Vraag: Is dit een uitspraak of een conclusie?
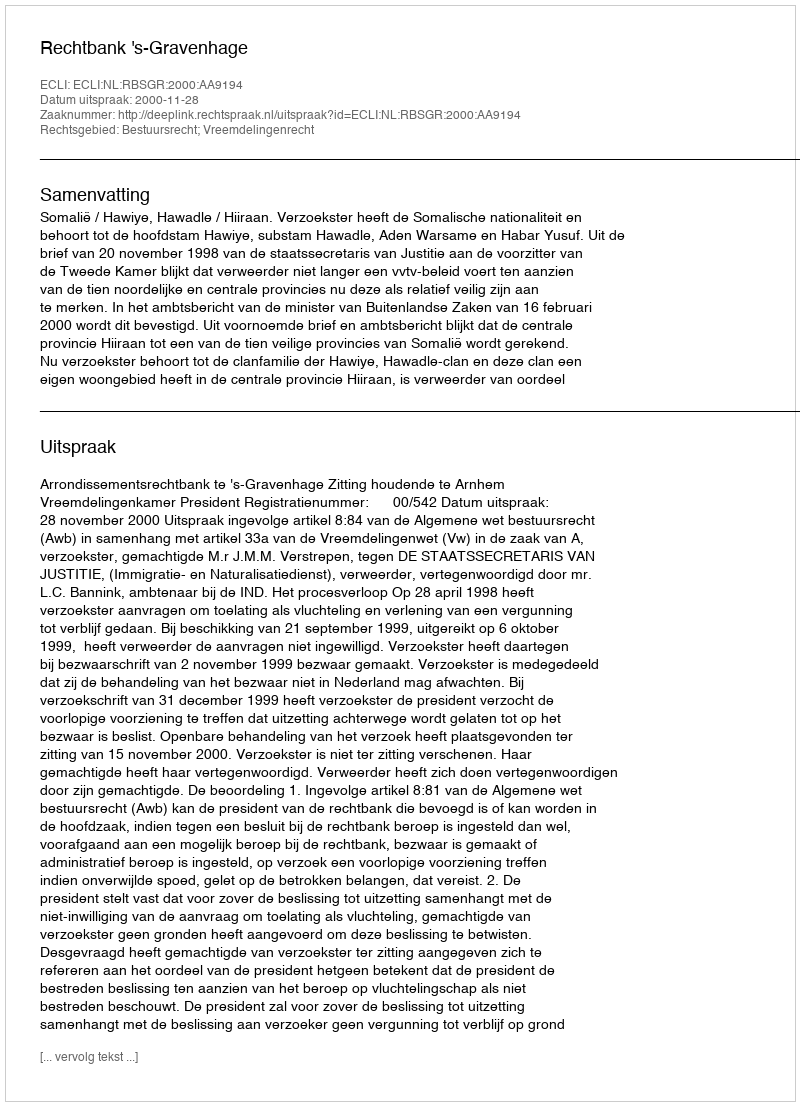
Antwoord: Uitspraak